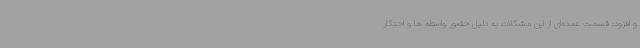
و افزود: قسمت عمده‌ای از این مشکلات به دلیل حضور واسطه ها و احتکار